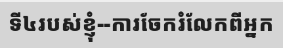
ទី៤របស់ខ្ញុំ--ការចែករំលែកពីអ្នក